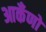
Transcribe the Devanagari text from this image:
आकँणों